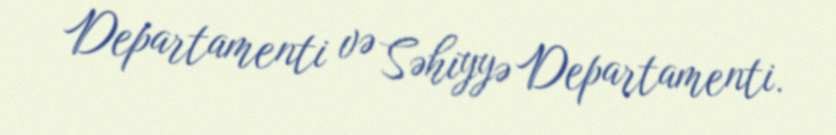
Departamenti və Səhiyyə Departamenti.